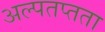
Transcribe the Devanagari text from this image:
अल्पतप्तता